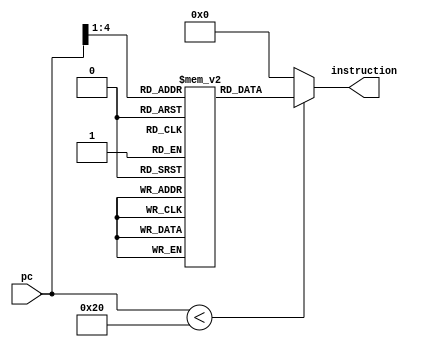
`timescale 1ns / 1ps
//////////////////////////////////////////////////////////////////////////////////
// Company: 
// 
// Design Name: 
// Module Name:    instr_mem 
// Project Name: 
// Target Devices: 
// Tool versions: 
// Description: 
//
// Dependencies: 
//
// Revision: 
// Revision 0.01 - File Created
// Additional Comments: 
//
//////////////////////////////////////////////////////////////////////////////////
module instr_mem          // a synthesisable rom implementation  
 (  
      input     [15:0]     pc,  
      output wire     [15:0]          instruction  
 );  
      wire [3 : 0] rom_addr = pc[4 : 1];  
      /* lw     $3, 0($0) --   
           Loop:     slti $1, $3, 50  
           beq $1, $0, Skip  
           add $4, $4, $3   
           addi $3, $3, 1   
           beq $0, $0, Loop--  
           Skip  
 */  
      reg [15:0] rom[15:0];  
      initial  
      begin  
                rom[0] = 16'b1000000110000000;  
                rom[1] = 16'b0010110010110010;  
                rom[2] = 16'b1101110001100111;  
                rom[3] = 16'b1101110111011001;  
                rom[4] = 16'b1111110110110001;  
                rom[5] = 16'b1100000001111011; 
                rom[6] = 16'b0000000000000000;  
                rom[7] = 16'b0000000000000000;  
                rom[8] = 16'b0000000000000000;  
                rom[9] = 16'b0000000000000000;  
                rom[10] = 16'b0000000000000000;  
                rom[11] = 16'b0000000000000000;  
                rom[12] = 16'b0000000000000000;  
                rom[13] = 16'b0000000000000000;  
                rom[14] = 16'b0000000000000000;  
                rom[15] = 16'b0000000000000000;  
      end  
      assign instruction = (pc[15:0] < 32 )? rom[rom_addr[3:0]]: 16'd0;  
 endmodule